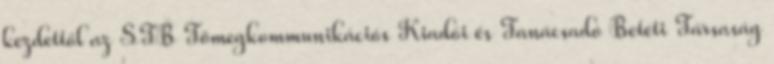
kezdettől az STB Tömegkommunikációs Kiadói és Tanácsadó Betéti Társaság